Subject: cs
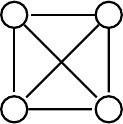
LaTeX code:
       \begin{tikzpicture}[shorten >=1pt,auto,node distance=4cm,-,
             thick,base node/.style={circle,draw,minimum size=48pt}, real node/.style={double,circle,draw,minimum size=50pt},scale = 1.2]

             \node[shape=circle,draw=black](0) at(0,0) []{};
             \node[shape=circle,draw=black](1) at(0,-1) []{};
             \node[shape=circle,draw=black](2) at(1,0) []{};
             \node[shape=circle,draw=black](3) at(1,-1) []{};

             \path[]
             (0) edge []node {} (1)
             (0) edge []node {} (3)
             (2) edge []node {} (1)
             (2) edge []node {} (3)
             (1) edge []node {} (3)
             (2) edge []node {} (0);

       \end{tikzpicture}